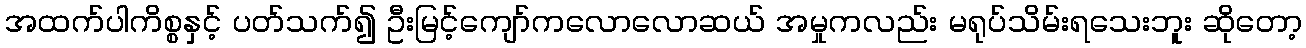
အထက်ပါကိစ္စနှင့် ပတ်သက်၍ ဦးမြင့်ကျော်ကလောလောဆယ် အမှုကလည်း မရုပ်သိမ်းရသေးဘူး ဆိုတော့